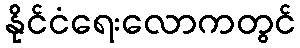
နိုင်ငံရေးလောကတွင်